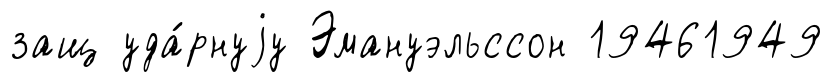
защ уда́рнуjу Эмануэльссон 19461949